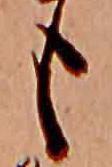
も